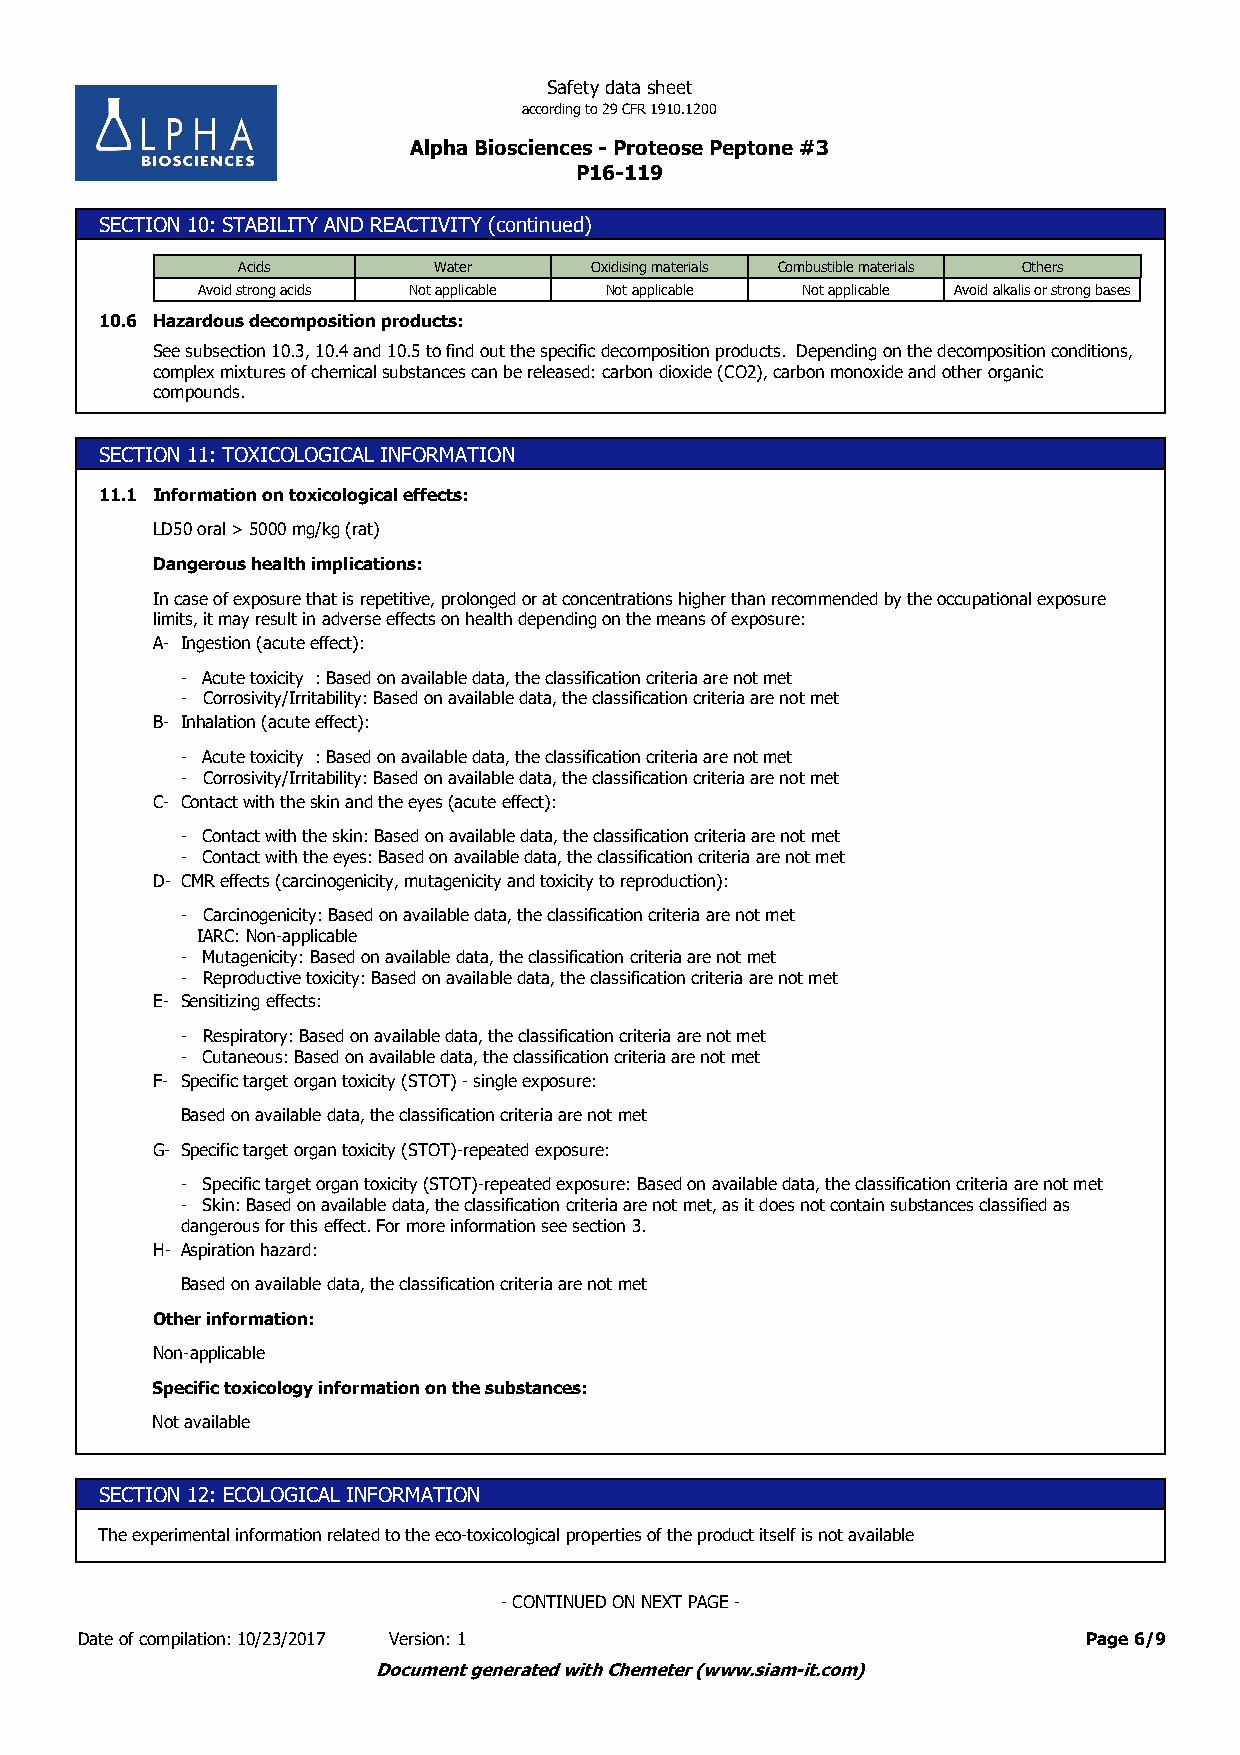
Safety data sheet
 according to 29 CFR 1910.1200
 Alpha Biosciences - Proteose Peptone #3
 P16-119
 SECTION 10: STABILITY AND REACTIVITY (continued)
 Acids        Water     Oxidising materials Combustible materials Others
 Avoid strong acids Not applicable Not applicable Not applicable Avoid alkalis or strong bases
 10.6 Hazardous decomposition products:
 See subsection 10.3, 10.4 and 10.5 to find out the specific decomposition products. Depending on the decomposition conditions,
 complex mixtures of chemical substances can be released: carbon dioxide (CO2), carbon monoxide and other organic
 compounds.
 SECTION 11: TOXICOLOGICAL INFORMATION
 11.1 Information on toxicological effects:
 LD50 oral > 5000 mg/kg (rat)
 Dangerous health implications:
 In case of exposure that is repetitive, prolonged or at concentrations higher than recommended by the occupational exposure
 limits, it may result in adverse effects on health depending on the means of exposure:
 A- Ingestion (acute effect):
 - Acute toxicity : Based on available data, the classification criteria are not met
 - Corrosivity/Irritability: Based on available data, the classification criteria are not met
 B- Inhalation (acute effect):
 - Acute toxicity : Based on available data, the classification criteria are not met
 - Corrosivity/Irritability: Based on available data, the classification criteria are not met
 C- Contact with the skin and the eyes (acute effect):
 - Contact with the skin: Based on available data, the classification criteria are not met
 - Contact with the eyes: Based on available data, the classification criteria are not met
 D- CMR effects (carcinogenicity, mutagenicity and toxicity to reproduction):
 - Carcinogenicity: Based on available data, the classification criteria are not met
 IARC: Non-applicable
 - Mutagenicity: Based on available data, the classification criteria are not met
 - Reproductive toxicity: Based on available data, the classification criteria are not met
 E- Sensitizing effects:
 - Respiratory: Based on available data, the classification criteria are not met
 - Cutaneous: Based on available data, the classification criteria are not met
 F- Specific target organ toxicity (STOT) - single exposure:
 Based on available data, the classification criteria are not met
 G- Specific target organ toxicity (STOT)-repeated exposure:
 - Specific target organ toxicity (STOT)-repeated exposure: Based on available data, the classification criteria are not met
 - Skin: Based on available data, the classification criteria are not met, as it does not contain substances classified as
 dangerous for this effect. For more information see section 3.
 H- Aspiration hazard:
 Based on available data, the classification criteria are not met
 Other information:
 Non-applicable
 Specific toxicology information on the substances:
 Not available
 SECTION 12: ECOLOGICAL INFORMATION
 The experimental information related to the eco-toxicological properties of the product itself is not available
 - CONTINUED ON NEXT PAGE -
 Date of compilation: 10/23/2017 Version: 1                         Page 6/9
 Document generated with Chemeter (www.siam-it.com)